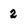
Character: 2